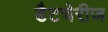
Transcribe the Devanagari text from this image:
डैटचेरीज